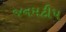
જનમટીપ